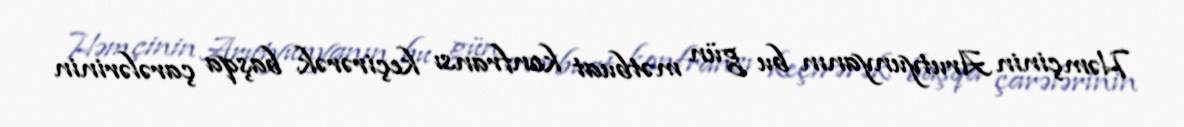
Həmçinin Arutyunyanın bu gün mətbuat konfransı keçirərək başqa çarələrinin